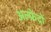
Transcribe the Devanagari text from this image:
अल्फ्रेदो